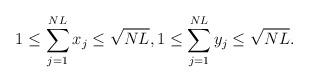
LaTeX: \begin{align*}1\leq\sum_{j=1}^{NL} x_j\leq\sqrt{NL},1\leq\sum_{j=1}^{NL} y_j\leq\sqrt{NL}.\end{align*}